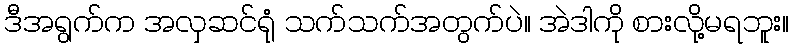
ဒီအရွက်က အလှဆင်ရုံ သက်သက်အတွက်ပဲ။ အဲဒါကို စားလို့မရဘူး။